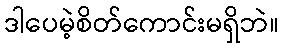
ဒါပေမဲ့စိတ်ကောင်းမရှိဘဲ။